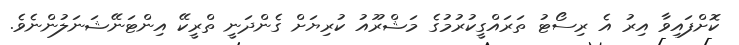
ކޮށްފައިވާ އިރު އެ ރިސޯޓު ތަރައްގީކުރުމުގެ މަޝްރޫއު ކުރިޔަށް ގެންދަނީ ތްރީކޭ އިންޓަނޭޝަނަލުންނެވެ.